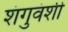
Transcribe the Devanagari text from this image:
शंगुवंशी